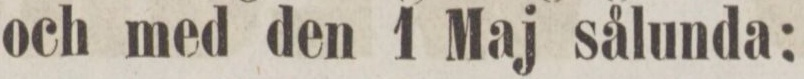
och med den 1 Maj sålunda: